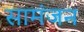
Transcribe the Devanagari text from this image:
सामंजन